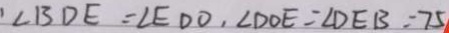
\angle B D E = \angle E D O , \angle D O E = \angle D E B = 7 5